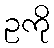
ဥကို